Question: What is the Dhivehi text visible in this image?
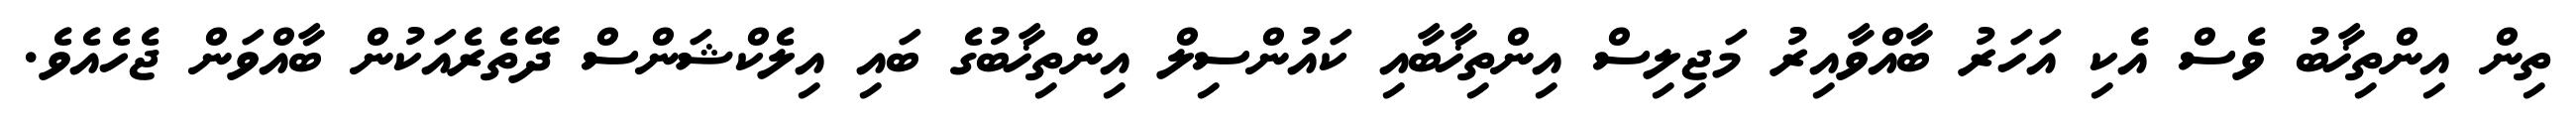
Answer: ތިން އިންތިޚާބު ވެސް އެކި އަހަރު ބާއްވާއިރު މަޖިލިސް އިންތިޚާބާއި ކައުންސިލް އިންތިޚާބުގެ ބައި އިލެކްޝަންސް ދޭތެރެއަކުން ބާއްވަން ޖެހެއެވެ.